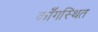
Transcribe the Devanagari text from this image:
काँगस्थित